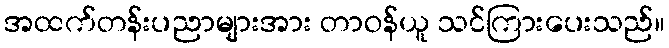
အထက်တန်းပညာများအား တာဝန်ယူ သင်ကြားပေးသည်။